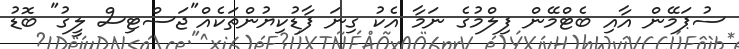
ސުޕަމޭން އާއި ބެޓްމޭން ފިލްމުގެ ނަމާ އެކު ގިނަ ފާޑުކިޔުންތަކެއް"ޖަސްޓިސް ލީގު" ބޮޑު